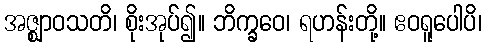
အဇ္ဈာဝသတိ၊ စိုးအုပ်၍။ ဘိက္ခဝေ၊ ရဟန်းတို့။ ဧဝရူပေါပိ၊